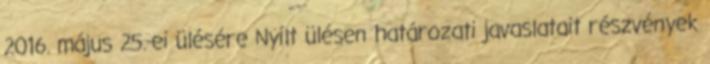
2016. május 25.-ei ülésére Nyílt ülésen határozati javaslatait részvények